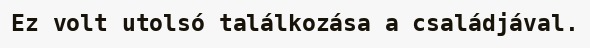
Ez volt utolsó találkozása a családjával.